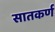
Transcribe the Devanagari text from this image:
सातकर्ण